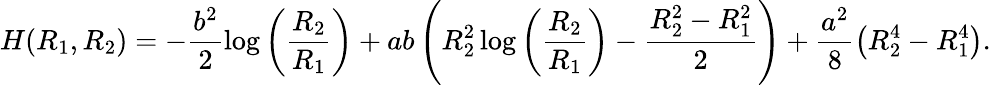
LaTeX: H(R_{1},R_{2})=-\frac{b^{2}}{2}\log\left(\frac{R_{2}}{R_{1}}\right)+ab\left(R_{2}^{2}\log\left(\frac{R_{2}}{R_{1}}\right)-\frac{R_{2}^{2}-R_{1}^{2}}{2}\right)+\frac{a^{2}}{8}\left(R_{2}^{4}-R_{1}^{4}\right).